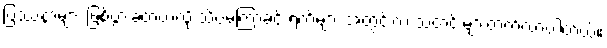
ပြဿနာများ ဖြစ်ပွားခဲ့တယ်လို့ သိပ်မကြာခင် ရက်များ အတွင်းက သတင်းများတက်လာပါတယ်။